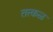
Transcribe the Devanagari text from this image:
तत्कळ